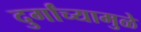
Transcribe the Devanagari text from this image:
दुर्गांच्यामुळे